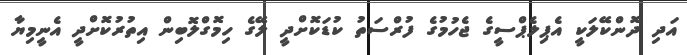
އަދި ދޮންކޭލަކީ އެޕިލެޕްސީގެ ޖެހުމުގެ ފުރްސަތު ކުޑަކޮށްދީ ލޭގެ ހިމޮގްލޮބިން އިތުރުކޮށްދީ އެނީމިޔާ